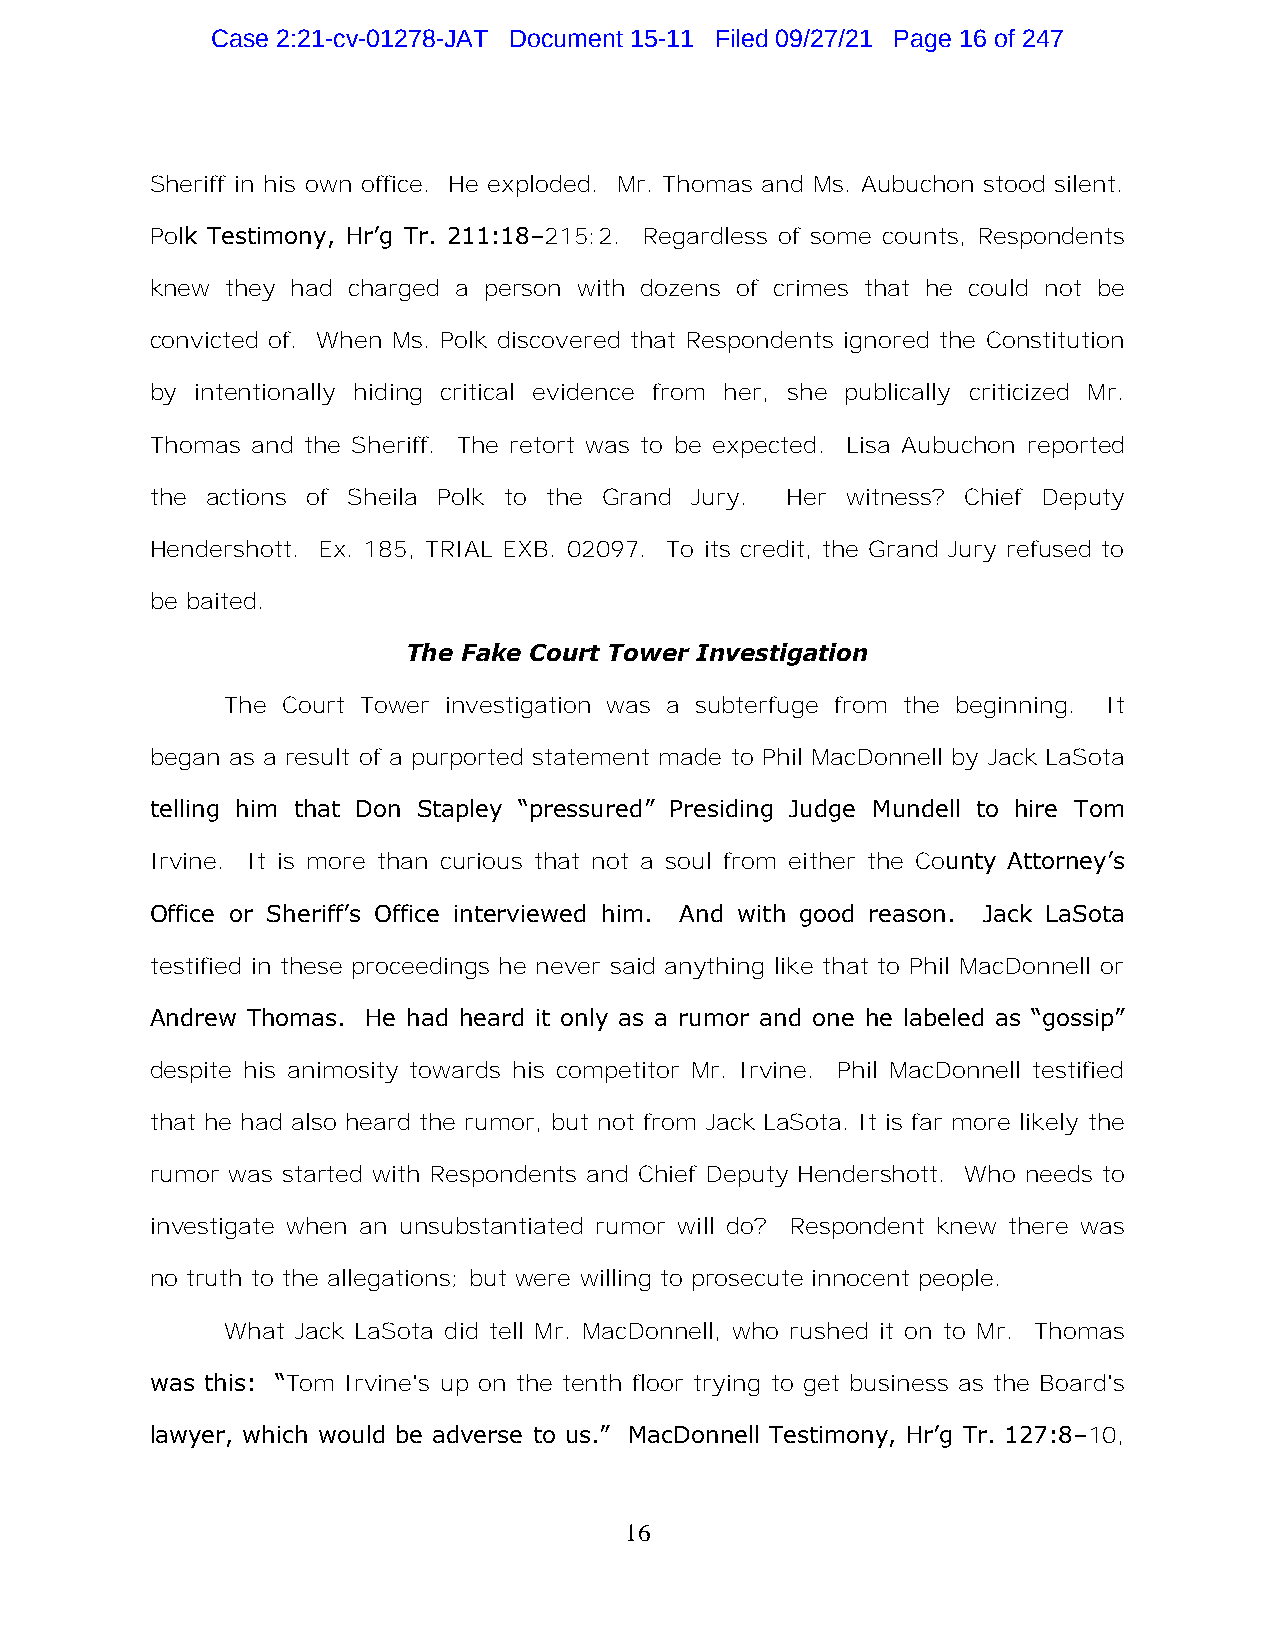
Case 2:21-cv-01278-JAT Document 15-11 Filed 09/27/21 Page 16 of 247
 Sheriff in his own office. He exploded. Mr. Thomas and Ms. Aubuchon stood silent.
 Polk Testimony, Hr’g Tr. 211:18–215:2. Regardless of some counts, Respondents
 knew they had charged a person with dozens of crimes that he could not be
 convicted of. When Ms. Polk discovered that Respondents ignored the Constitution
 by intentionally hiding critical evidence from her, she publically criticized Mr.
 Thomas and the Sheriff. The retort was to be expected. Lisa Aubuchon reported
 the actions of Sheila Polk to the Grand Jury. Her witness? Chief Deputy
 Hendershott. Ex. 185, TRIAL EXB. 02097. To its credit, the Grand Jury refused to
 be baited.
 The Fake Court Tower Investigation
 The Court Tower investigation was a subterfuge from the beginning. It
 began as a result of a purported statement made to Phil MacDonnell by Jack LaSota
 telling him that Don Stapley “pressured” Presiding Judge Mundell to hire Tom
 Irvine. It is more than curious that not a soul from either the County Attorney’s
 Office or Sheriff’s Office interviewed him. And with good reason. Jack LaSota
 testified in these proceedings he never said anything like that to Phil MacDonnell or
 Andrew Thomas. He had heard it only as a rumor and one he labeled as “gossip”
 despite his animosity towards his competitor Mr. Irvine. Phil MacDonnell testified
 that he had also heard the rumor, but not from Jack LaSota. It is far more likely the
 rumor was started with Respondents and Chief Deputy Hendershott. Who needs to
 investigate when an unsubstantiated rumor will do? Respondent knew there was
 no truth to the allegations; but were willing to prosecute innocent people.
 What Jack LaSota did tell Mr. MacDonnell, who rushed it on to Mr. Thomas
 was this: “Tom Irvine's up on the tenth floor trying to get business as the Board's
 lawyer, which would be adverse to us.” MacDonnell Testimony, Hr’g Tr. 127:8–10,
 16